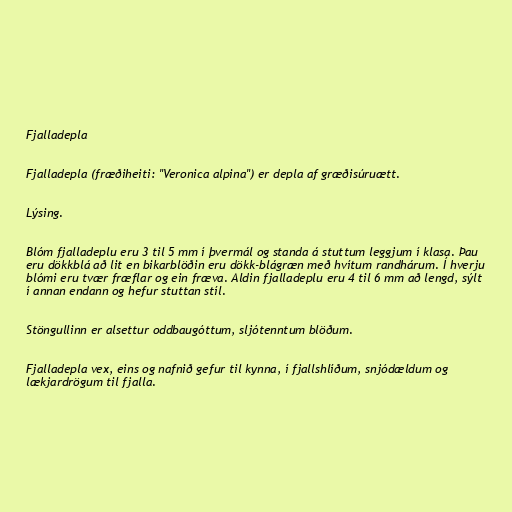
Fjalladepla

Fjalladepla (fræðiheiti: "Veronica alpina") er depla af græðisúruætt.

Lýsing.

Blóm fjalladeplu eru 3 til 5 mm í þvermál og standa á stuttum leggjum í klasa. Þau
eru dökkblá að lit en bikarblöðin eru dökk-blágræn með hvítum randhárum. Í hverju
blómi eru tvær fræflar og ein fræva. Aldin fjalladeplu eru 4 til 6 mm að lengd, sýlt
í annan endann og hefur stuttan stíl.

Stöngullinn er alsettur oddbaugóttum, sljótenntum blöðum.

Fjalladepla vex, eins og nafnið gefur til kynna, í fjallshlíðum, snjódældum og
lækjardrögum til fjalla.